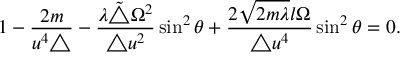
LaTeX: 1 - \frac { 2 m } { u ^ { 4 } \triangle } - \frac { \lambda \tilde { \triangle } \Omega ^ { 2 } } { \triangle u ^ { 2 } } \sin ^ { 2 } \theta + \frac { 2 \sqrt { 2 m \lambda } l \Omega } { \triangle u ^ { 4 } } \sin ^ { 2 } \theta = 0 .